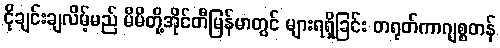
ငိုချင်းချလိမ့်မည် မိမိတို့အိုင်တီမြန်မာတွင် များရရှိခြင်း တရုတ်ကာဂျစ္စတန်